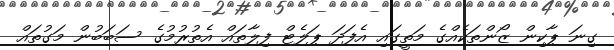
ގިނަ ޕާކިން ޒޯންތަކެއްގެ މަތީގައި އެފަދަ ޕަލެޓް ފިލާތައް އެތުރުމުގެ ސަބަބުން މަގުތައް